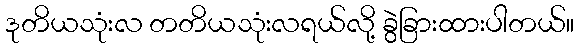
ဒုတိယသုံးလ တတိယသုံးလရယ်လို့ ခွဲခြားထားပါတယ်။